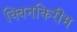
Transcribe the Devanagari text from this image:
क्विनकिरीम